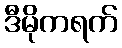
ဒီမိုကရက်